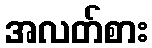
အလတ်စား